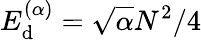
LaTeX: {E_{\mathrm d}^{(\alpha)}=\sqrt{\alpha}N^{2}/4}